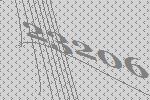
23206